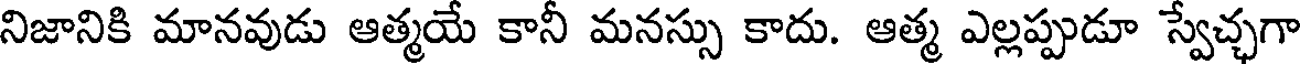
నిజానికి మానవుడు ఆత్మయే కానీ మనస్సు కాదు. ఆత్మ ఎల్లప్పుడూ స్వేచ్ఛగా